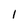
Character: l